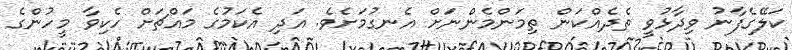
ކަލޭގެފާނު ވިދާޅުވީ ތެދެއްކަން ތިމަންމެންނަށް އެނގުމަށެވެ. އަދި އެކަމުގެ މައްޗަށް ހެކިވާ މީހުންގެ